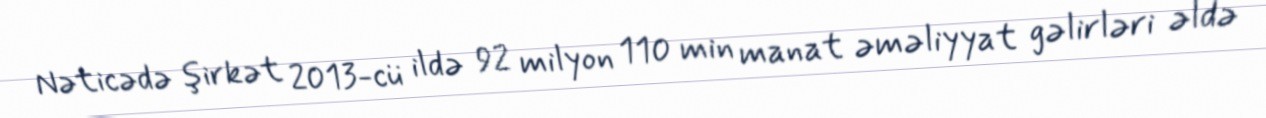
Nəticədə şirkət 2013-cü ildə 92 milyon 110 min manat əməliyyat gəlirləri əldə